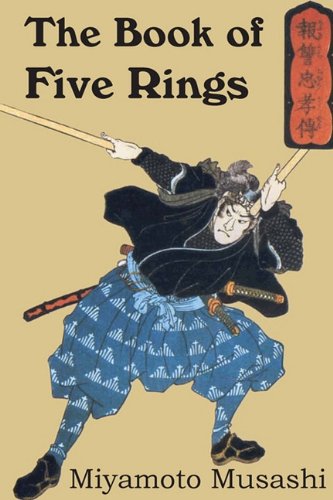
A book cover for The Book of Five Rings; Miyamoto Musashi; History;